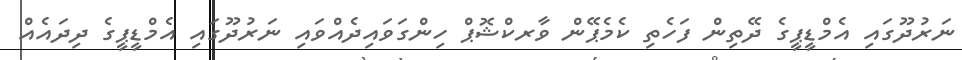
ނަރުދޫގައި އެމްޑީޕީގެ ދޭތިން ފަހެތި ކެމެޕޭން ވާރކްޝޮޕް ހިންގަވައިދެއްވައި ނަރުދޫގައި އެމްޑީޕީގެ ދިދައެއް